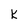
Character: K